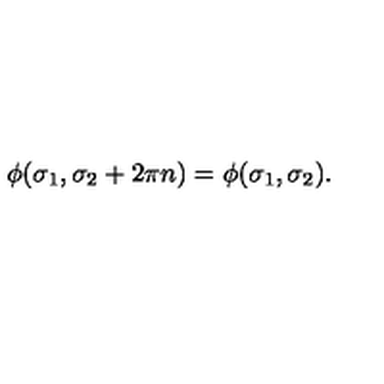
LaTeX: \phi ( \sigma _ { 1 } , \sigma _ { 2 } + 2 \pi n ) = \phi ( \sigma _ { 1 } , \sigma _ { 2 } ) .